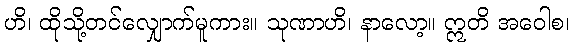
ဟိ၊ ထိုသို့တင်လျှောက်မူကား။ သုဏာဟိ၊ နာလော့။ ဣတိ အဝေါစ၊